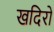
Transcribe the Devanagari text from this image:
खदिरो